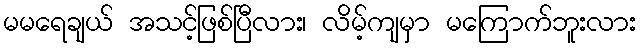
မမရေချယ် အသင့်ဖြစ်ပြီလား၊ လိမ့်ကျမှာ မကြောက်ဘူးလား